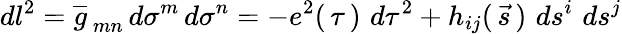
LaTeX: dl^{2}=\overline{{g}}_{\, mn}\, d\sigma^{m}\, d\sigma^{n}=-e^{2}(\, \tau\, )\, \, d\tau^{2}+h_{ij}(\, \vec{s}\, )\, \, ds^{i}\, \, ds^{j}